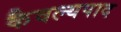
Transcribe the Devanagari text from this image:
कैवल्यपाद